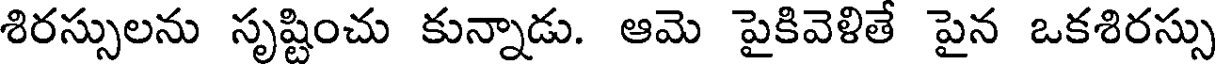
శిరస్సులను సృష్టించు కున్నాడు. ఆమె పైకివెళితే పైన ఒకశిరస్సు